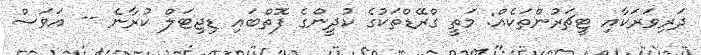
ދަރިވަރަކާއި ޓީޗަރުންތަކެއް: މަތީ ގްރޭޑްތަކުގެ ކުދީންގެ ފޮތްބައި ޑިޖިޓަލް ކުރާނެ -- އަވަސް